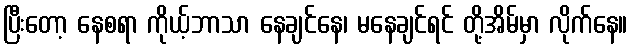
ပြီးတော့ နေစရာ ကိုယ့်ဘာသာ နေချင်နေ၊ မနေချင်ရင် တို့အိမ်မှာ လိုက်နေ။